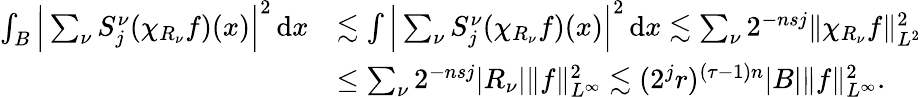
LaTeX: \begin{array}{rl}{∫_{B}\Big|\sum_{\nu}S_{j}^{ν}(χ_{R_{ν}}f)(x)\Big|^{2}\, \mathrm{d}x}&{\lesssim∫\Big|\sum_{\nu}S_{j}^{ν}(χ_{R_{ν}}f)(x)\Big|^{2}\, \mathrm{d}x\lesssim\sum_{\nu}2^{-nsj}\| χ_{R_{ν}}f\| _{L^{2}}^{2}}\\ &{≤\sum_{\nu}2^{-nsj}|R_{ν}|\| f\| _{L^{∞}}^{2}\lesssim(2^{j}r)^{(τ-1)n}|B|\| f\| _{L^{∞}}^{2}.}\end{array}